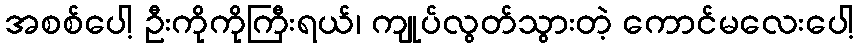
အစစ်ပေါ့ ဦးကိုကိုကြီးရယ်၊ ကျုပ်လွတ်သွားတဲ့ ကောင်မလေးပေါ့